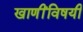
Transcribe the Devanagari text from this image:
खाणींविषयी